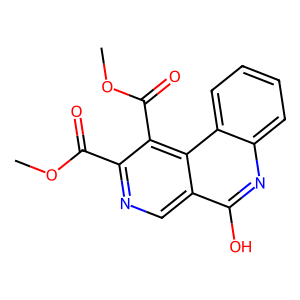
SMILES: COC(=O)c1ncc2c(O)nc3ccccc3c2c1C(=O)OC
Inhibits HIV replication: No